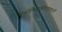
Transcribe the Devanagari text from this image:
।वक्रोक्तिमार्गनिपुणाश्चतुर्थों